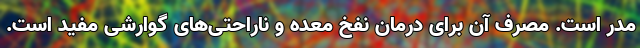
مدر است. مصرف آن برای درمان نفخ معده و ناراحتی‌های گوارشی مفید است.